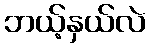
ဘယ့်နှယ်လဲ